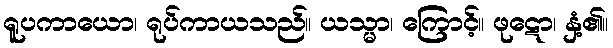
ရူပကာယော၊ ရုပ်ကာယသည်။ ယသ္မာ၊ ကြောင့်။ ဖုဋော၊ နှံ့၏။